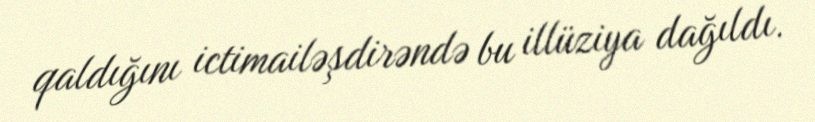
qaldığını ictimailəşdirəndə bu illüziya dağıldı.